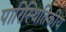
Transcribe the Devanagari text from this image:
पारिस्‍थितिकीय